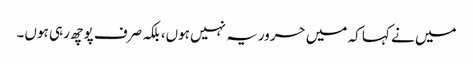
میں نے کہا کہ میں حروریہ نہیں ہوں، بلکہ صرف پوچھ رہی ہوں۔